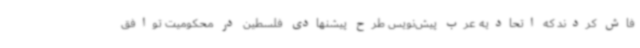
فاش کردند که اتحادیه عرب پیش‌نویس طرح پیشنهادی فلسطین در محکومیت توافق